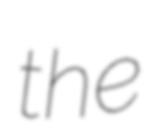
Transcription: the